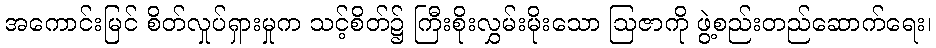
အကောင်းမြင် စိတ်လှုပ်ရှားမှုက သင့်စိတ်၌ ကြီးစိုးလွှမ်းမိုးသော ဩဇာကို ဖွဲ့စည်းတည်ဆောက်ရေး၊